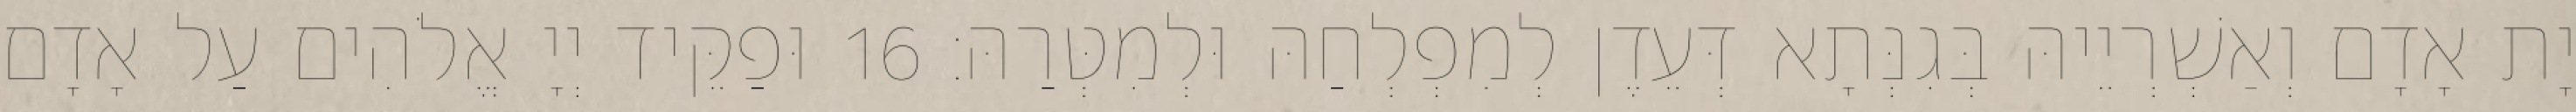
יָת אָדָם וְאַשְׁרְיֵיהּ בְּגִנְּתָא דְּעֵדֶן לְמִפְלְחַהּ וּלְמִטְּרַהּ׃ 16 וּפַקֵּיד יְיָ אֱלֹהִים עַל אָדָם